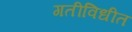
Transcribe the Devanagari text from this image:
गतीविधीत